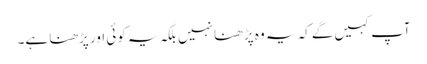
آپ کہیں‌گے کہ یہ وہ پڑھنا نہیں بلکہ یہ کوئی اور پڑھنا ہے۔